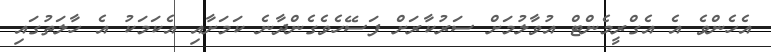
އެހެންވެ އެ އެގްރީމެންޓް އުވާލުމަށް ސަރުކާރަށް ފަސޭހެވެގެންދާނެ ކަމަށާއި އެކަމަކު އެ ހާލަތުގައި